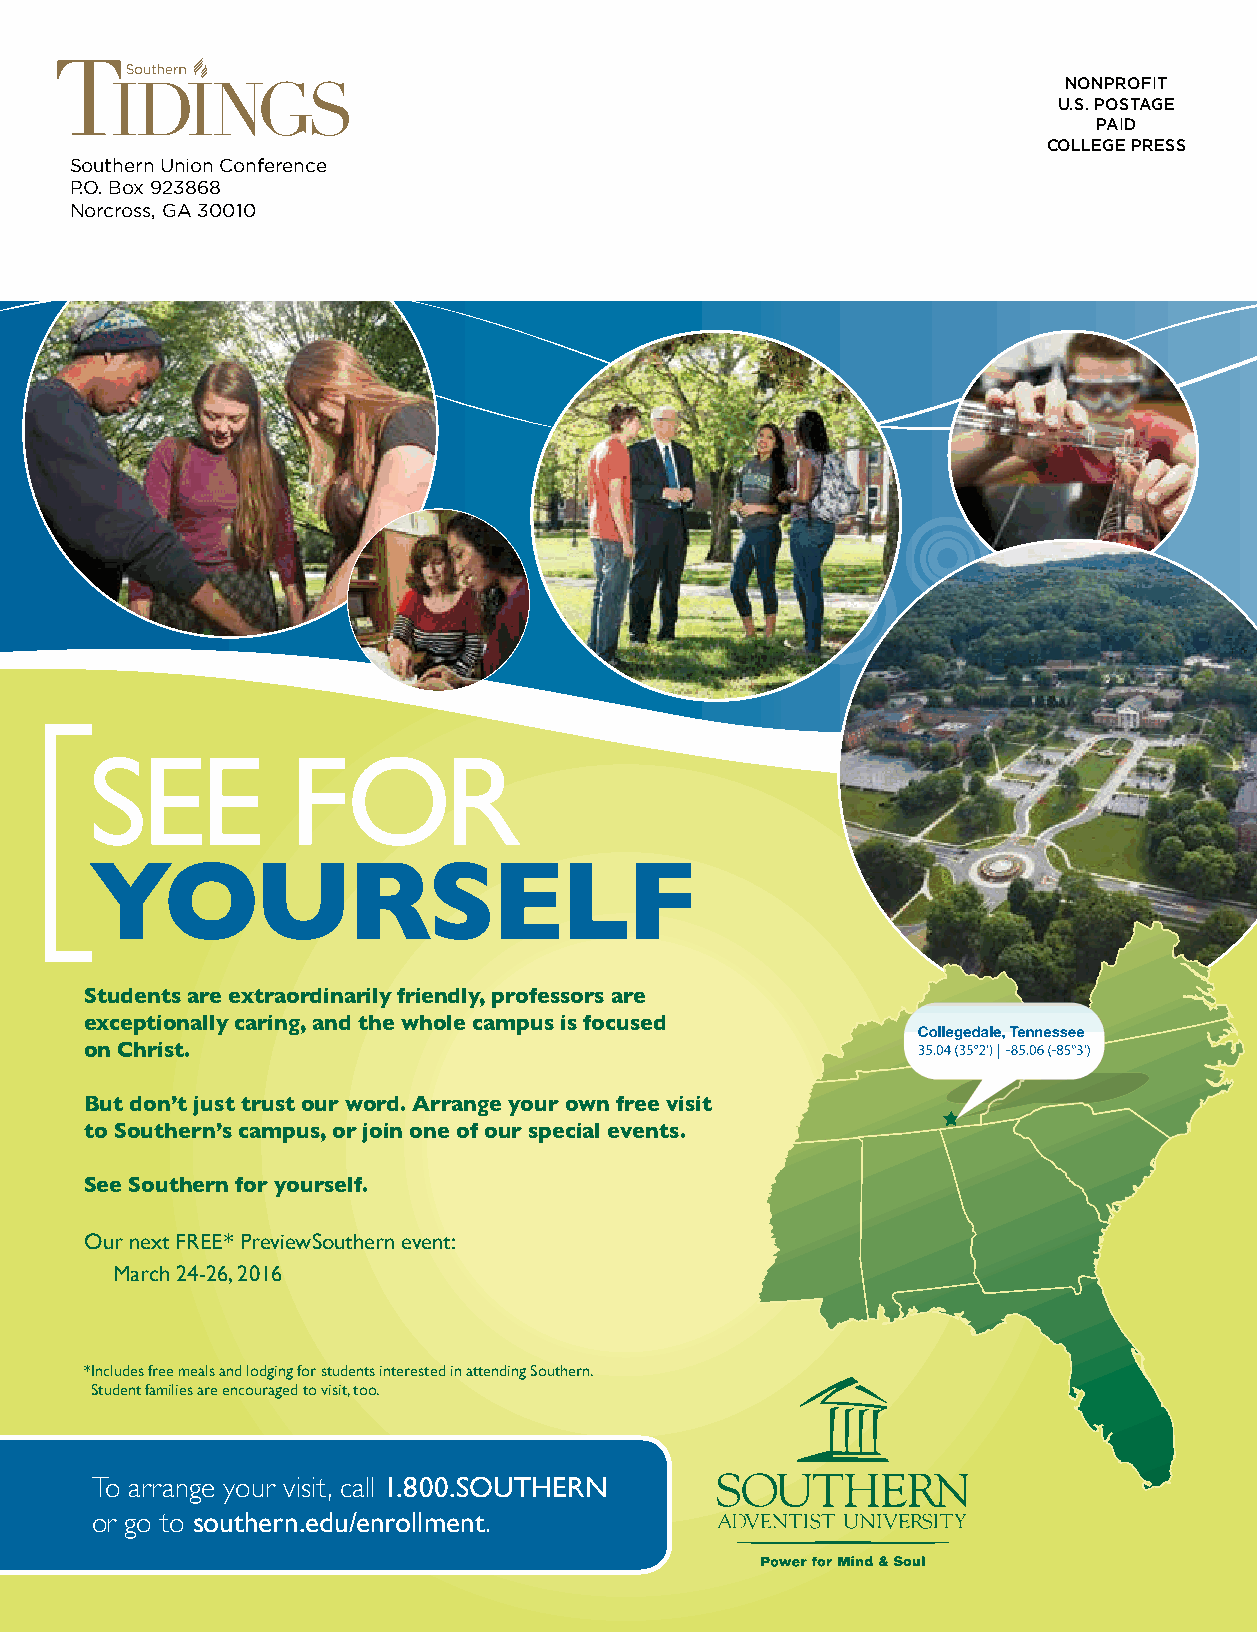
nonprofit
 u.s. postage
 paid
 college press
 Southern union Conference
 P.O. Box 923868
 norcross, Ga 30010
 SEE          FOR
 YOURSELF
 Students are extraordinarily friendly, professors are
 exceptionally caring, and the whole campus is focused
 on Christ.
 But don’t just trust our word. Arrange your own free visit
 to Southern’s campus, or join one of our special events.
 See Southern for yourself.
 Our next FREE* PreviewSouthern event:
 March 24-26, 2016
 * Includes free meals and lodging for students interested in attending Southern.
 Student families are encouraged to visit, too.
 To arrange your visit, call 1.800.SOUTHERN
 or go to southern.edu/enrollment.